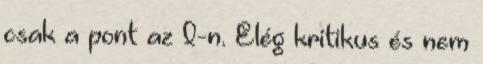
csak a pont az I-n. Elég kritikus és nem